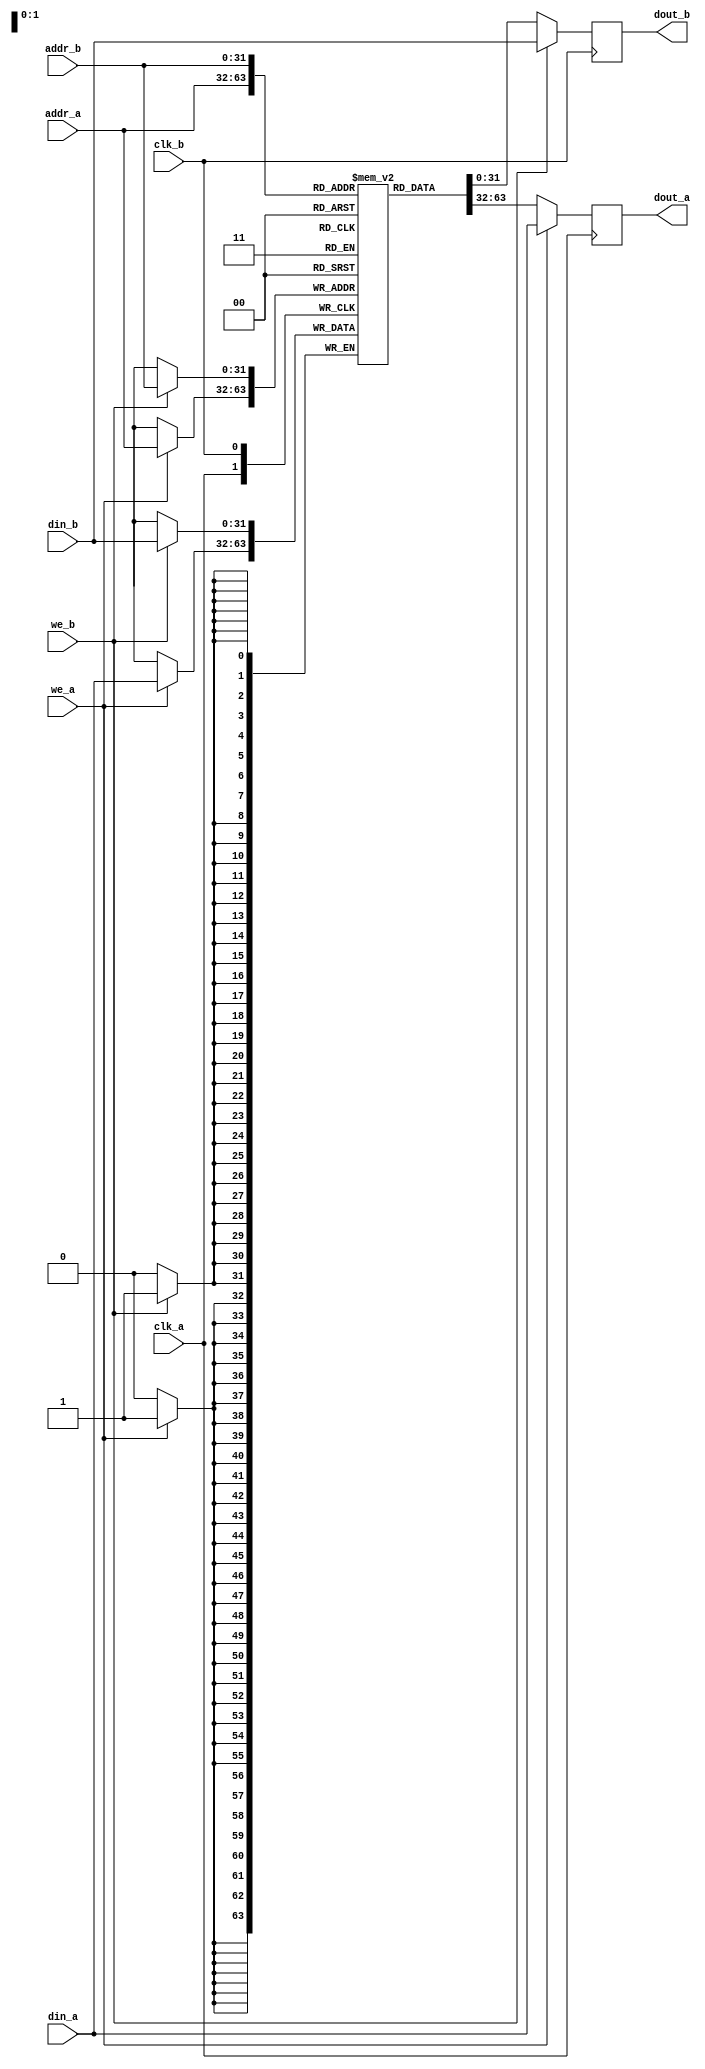
module mor1kx_true_dpram_sclk
  #(
    parameter ADDR_WIDTH = 32,
    parameter DATA_WIDTH = 32
    )
   (
    /* Port A */
    input                   clk_a,
    input [ADDR_WIDTH-1:0]  addr_a,
    input                   we_a,
    input [DATA_WIDTH-1:0]  din_a,
    output [DATA_WIDTH-1:0] dout_a,

    /* Port B */
    input                   clk_b,
    input [ADDR_WIDTH-1:0]  addr_b,
    input                   we_b,
    input [DATA_WIDTH-1:0]  din_b,
    output [DATA_WIDTH-1:0] dout_b
    );

   reg [DATA_WIDTH-1:0]     mem[(1<<ADDR_WIDTH)-1:0];

   reg [DATA_WIDTH-1:0]     rdata_a;
   reg [DATA_WIDTH-1:0]     rdata_b;

   assign dout_a = rdata_a;
   assign dout_b = rdata_b;

   always @(posedge clk_a) begin
      if (we_a) begin
         mem[addr_a] <= din_a;
         rdata_a <= din_a;
      end else begin
         rdata_a <= mem[addr_a];
      end
   end

   always @(posedge clk_b) begin
      if (we_b) begin
         mem[addr_b] <= din_b;
         rdata_b <= din_b;
      end else begin
         rdata_b <= mem[addr_b];
      end
   end

/*-----------------Formal Checking------------------*/

`ifdef FORMAL

   reg f_past_valid;
   (* gclk *) reg global_clock;
   initial f_past_valid = 1'b0;

   always @(posedge global_clock)
      f_past_valid <= 1'b1;

`ifdef TDPRAM
`define ASSUME assume
`else
`define ASSUME assert
`endif

   // Don't allow write to the same address from both ports
   always @(*)
      if (we_a & we_b)
	 `ASSUME (addr_a != addr_b);

`ifdef TDPRAM

   (* anyconst *) wire [ADDR_WIDTH-1:0] f_addr_a;
   (* anyconst *) wire [ADDR_WIDTH-1:0] f_addr_b;

   reg [DATA_WIDTH-1:0] f_data_a;
   reg [DATA_WIDTH-1:0] f_data_ab; // a port writes to b address
   reg [DATA_WIDTH-1:0] f_data_b;
   reg [DATA_WIDTH-1:0] f_data_ba; // b port writes to a address

   // Setup properties for confirming memory
   initial f_data_ab = 0;
   initial f_data_ba = 0;
   initial assume (f_data_a == mem[f_addr_a]);
   initial assume (f_data_b == mem[f_addr_b]);
   always @(*) begin
      assert (f_data_a == mem[f_addr_a] | f_data_ba == mem[f_addr_a]);
      assert (f_data_b == mem[f_addr_b] | f_data_ab == mem[f_addr_b]);
   end

   // Track writes and reads to port A
   always @(posedge clk_a) begin
      // Port A: Capture writing any data to address f_addr_a
      if (we_a && addr_a == f_addr_a)
	 f_data_a <= din_a;

      // Port A: Capture writing any data to address f_addr_b
      //         this may show up on port B
      if (we_a && addr_a == f_addr_b)
	 f_data_ab <= din_a;

      //Port A: When reading or writing we always get our data on dout
      //        the data may be written from port A or port B
      if ($rose(clk_a) && $past(addr_a) == f_addr_a)
	 assert (dout_a == f_data_a | dout_a == f_data_ba);
   end

   // Track writes and reads to port B
   always @(posedge clk_b) begin
      // Port B: Capture writing any data to address f_addr_b
      if (we_b && addr_b == f_addr_b)
	 f_data_b <= din_b;

      // Port B: Capture writing any data to address f_addr_a
      //         this may show up on port A
      if (we_b && addr_b == f_addr_a)
	 f_data_ba <= din_b;

      // Port B: When reading or writing we always get our data on dout
      //         the data may be written from port A or port B
      if ($rose(clk_b) && $past(addr_b) == f_addr_b)
	 assert (dout_b == f_data_b | dout_b == f_data_ab);
   end

   always @(posedge global_clock) begin
      c0_write_a: cover property (f_past_valid && $rose(clk_a) &&
				  $past(we_a) && $past(addr_a) == f_addr_a);
      c1_read_a: cover property (f_past_valid && $rose(clk_a) &&
				 !$past(we_a) && $past(addr_a) == f_addr_a);

      c2_write_b: cover property (f_past_valid && $rose(clk_b) &&
				  $past(we_b) && $past(addr_b) == f_addr_b);
      c3_read_b: cover property (f_past_valid && $rose(clk_b) &&
				 !$past(we_b) && $past(addr_b) == f_addr_b);
   end
`endif

`endif
endmodule